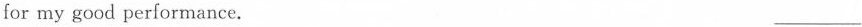
for my good performance. ___